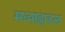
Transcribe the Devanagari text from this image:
मध्याह्नाकल